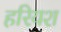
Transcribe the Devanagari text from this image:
हरियश